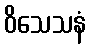
ဝိသေသနံ